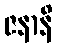
ဇနာနိ